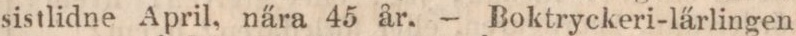
sistlidne April, nära 45 år. — Boktryckeri-lärlingen